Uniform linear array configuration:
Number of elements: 32
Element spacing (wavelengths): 0.5
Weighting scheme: exponential
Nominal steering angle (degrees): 30
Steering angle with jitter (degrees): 30.892
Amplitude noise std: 0.05
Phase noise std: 0.05

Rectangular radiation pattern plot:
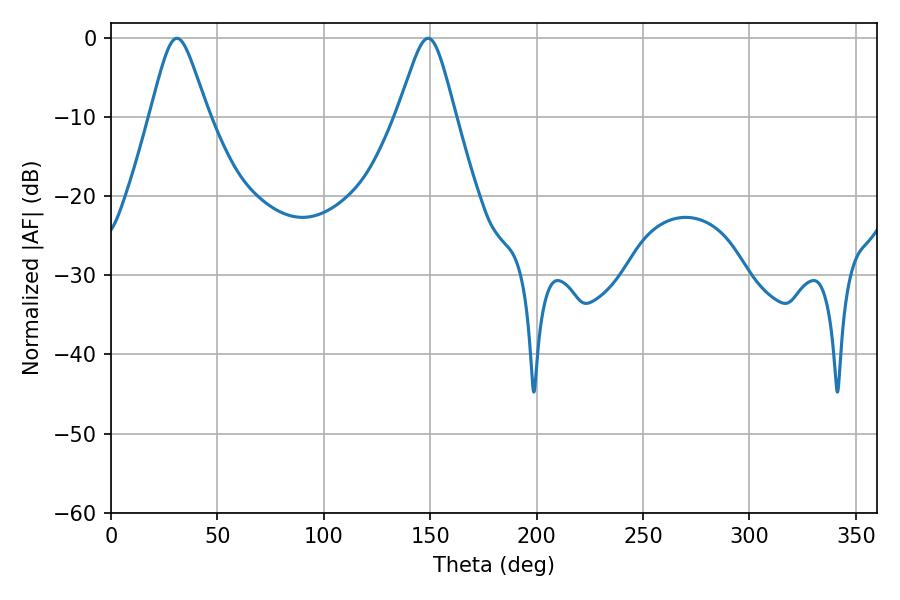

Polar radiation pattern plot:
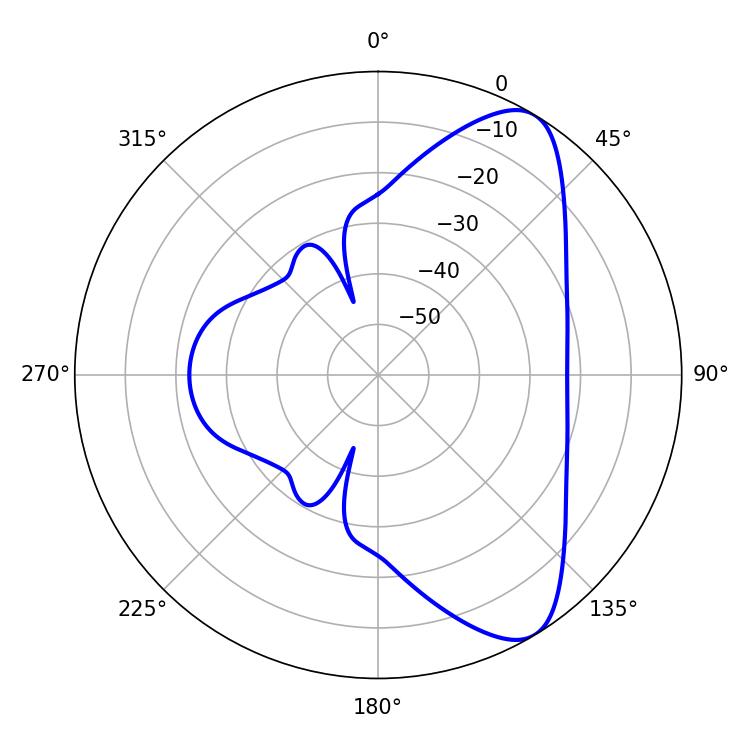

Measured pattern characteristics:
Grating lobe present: FALSE
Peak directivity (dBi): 8.322
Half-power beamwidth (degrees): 13.14
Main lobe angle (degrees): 30.96